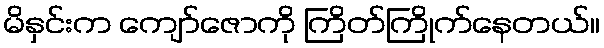
မိနှင်းက ကျော်ဇောကို ကြိတ်ကြိုက်နေတယ်။